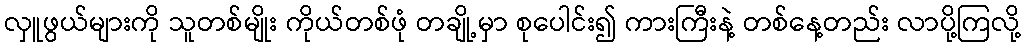
လှူဖွယ်များကို သူတစ်မျိုး ကိုယ်တစ်ဖုံ တချို့မှာ စုပေါင်း၍ ကားကြီးနဲ့ တစ်နေ့တည်း လာပို့ကြလို့